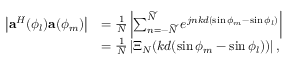
\begin{array} { r l } { \left| { \bf { a } } ^ { H } ( \phi _ { l } ) { \bf { a } } ( \phi _ { m } ) \right| } & { = \frac { 1 } { N } \left| \sum _ { n = - \widetilde { N } } ^ { \widetilde { N } } e ^ { j n k d ( \sin \phi _ { m } - \sin \phi _ { l } ) } \right| } \\ & { = \frac { 1 } { N } \left| \Xi _ { N } ( k d ( \sin \phi _ { m } - \sin \phi _ { l } ) ) \right| , } \end{array}